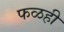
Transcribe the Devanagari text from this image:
फळही